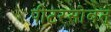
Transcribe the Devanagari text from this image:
पीटरसोबत